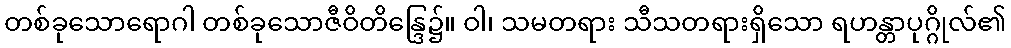
တစ်ခုသောရောဂါ တစ်ခုသောဇီဝိတိန္ဒြေ၌။ ဝါ၊ သမတရား သီသတရားရှိသော ရဟန္တာပုဂ္ဂိုလ်၏